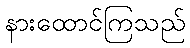
နားထောင်ကြသည်